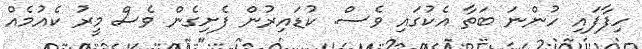
ހިފާފައި ހުންނަ ބަތާ އެކުގައި ވެސް. ކުޑައިރުން ފެށިގެން ވެސް މީރު ކެއުމެއް